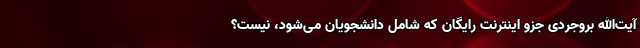
آیت‌الله بروجردی جزو اینترنت رایگان که شامل دانشجویان می‌شود، نیست؟